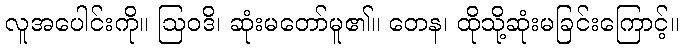
လူအပေါင်းကို။ ဩဝဒိ၊ ဆုံးမတော်မူ၏။ တေန၊ ထိုသို့ဆုံးမခြင်းကြောင့်။